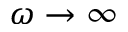
\omega \to \infty